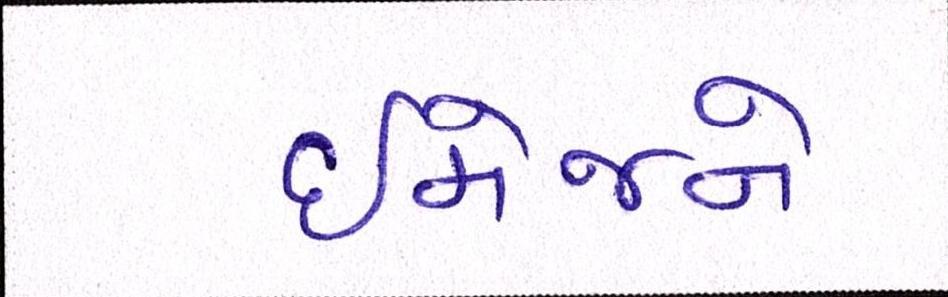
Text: ઈમેજને